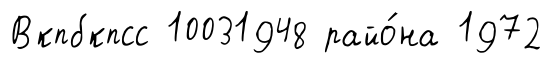
Вкпбкпсс 10031948 райо́на 1972